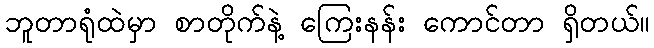
ဘူတာရုံထဲမှာ စာတိုက်နဲ့ ကြေးနန်း ကောင်တာ ရှိတယ်။